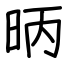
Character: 昞